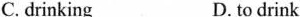
C.drinking D. to drink